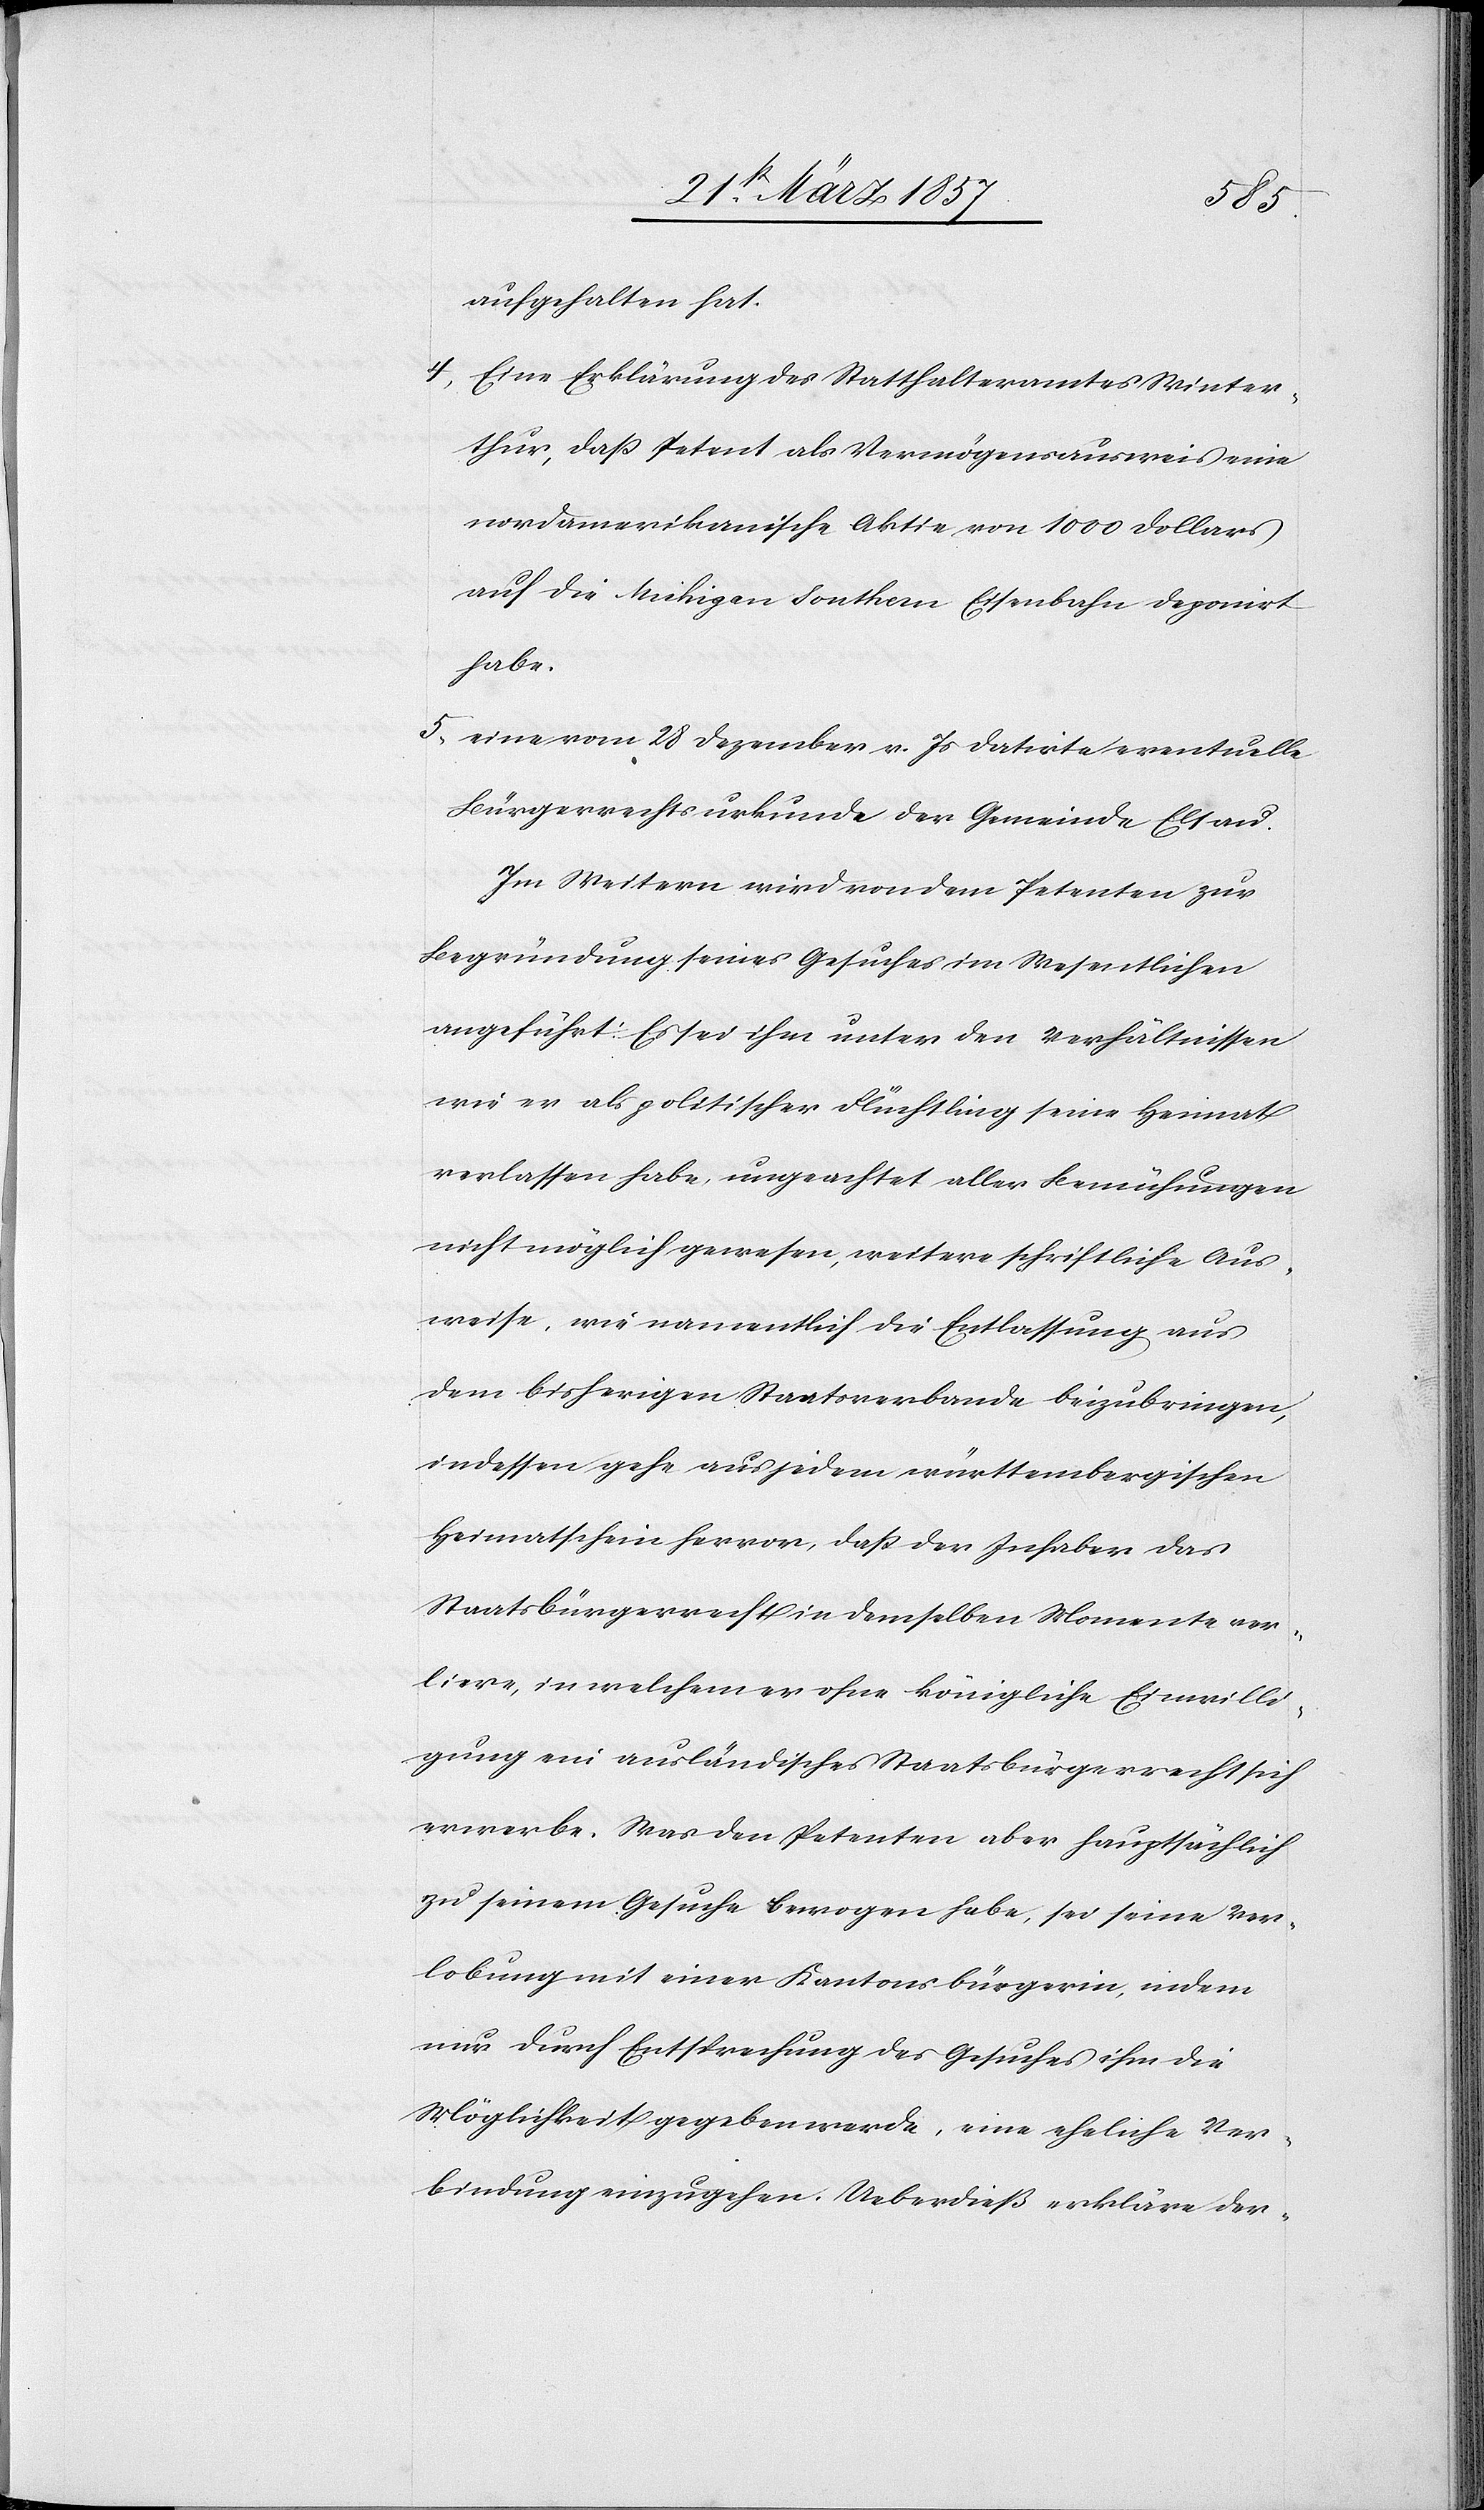
aufgehalten hat.
4. Eine Erklärung des Statthalteramtes Winter¬
thur, daß Petent als Vermögensausweis eine
nordamerikanische Aktie von 1000 Dollars
auf die Mi[c]higan Southern Eisenbahn deponirt
habe.
5. eine vom 28 Dezember v. Js datirte eventuelle
Bürgerrechtsurkunde der Gemeinde Elsau.
Im Weitern wird von dem Petenten zur
Begründung seines Gesuches im Wesentlichen
angeführt: Es sei ihm unter den Verhältnissen
wie er als politischer Flüchtling seine Heimat
verlassen habe, ungeachtet aller Bemühungen
nicht möglich gewesen, weitere schriftliche Aus¬
weise, wie namentlich die Entlassung aus
dem bisherigen Staatsverbande beizubringen,
indessen gehe aus jedem württembergischen
Heimatschein hervor, daß der Inhaber das
Staatsbürgerrecht in demselben Momente ver¬
liere, in welchem er ohne königliche Einwilli¬
gung ein ausländisches Staatsbürgerrecht sich
erwerbe. Was den Petenten aber hauptsächlich
zu seinem Gesuche bewogen habe, sei seine Ver¬
lobung mit einer Kantonsbürgerin, indem
nur durch Entsprechung des Gesuches ihm die
Möglichkeit gegeben werde, eine eheliche Ver¬
bindung einzugehen. Ueberdieß erkläre der-